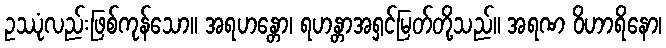
ဥဿုံလည်းဖြစ်ကုန်သော။ အရဟန္တော၊ ရဟန္တာအရှင်မြတ်တို့သည်။ အရဏ ဝိဟာရိနော၊